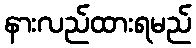
နားလည်ထားရမည်